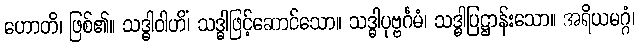
ဟောတိ၊ ဖြစ်၏။ သဒ္ဓါဝါဟိံ၊ သဒ္ဓါဖြင့်ဆောင်သော။ သဒ္ဓါပုဗ္ဗင်္ဂမံ၊ သဒ္ဓါပြဋ္ဌာန်းသော။ အရိယမဂ္ဂံ၊